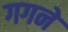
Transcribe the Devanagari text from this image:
गगने